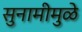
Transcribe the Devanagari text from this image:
सुनामीमुळे